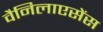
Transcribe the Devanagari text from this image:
वैनिलाएसेंस